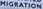
MIGRATION